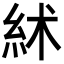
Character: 絉